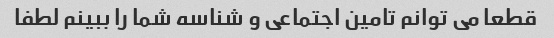
قطعا می توانم تامین اجتماعی و شناسه شما را ببینم لطفا